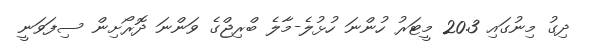
ދިގު މިނުގައި 20.3 މީޓަރު ހުންނަ ހުޅުލެ-މާލެ ބްރިޖްގެ ވަންނަ ދޮރޯށިން ސިފަވަނީ